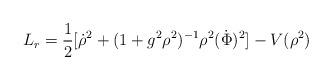
LaTeX: \begin{align*}L_r = \frac{1}{2}[\dot \rho^2 + (1+g^2\rho^2)^{-1}\rho^2(\dot \Phi)^2]- V(\rho^2) \end{align*}